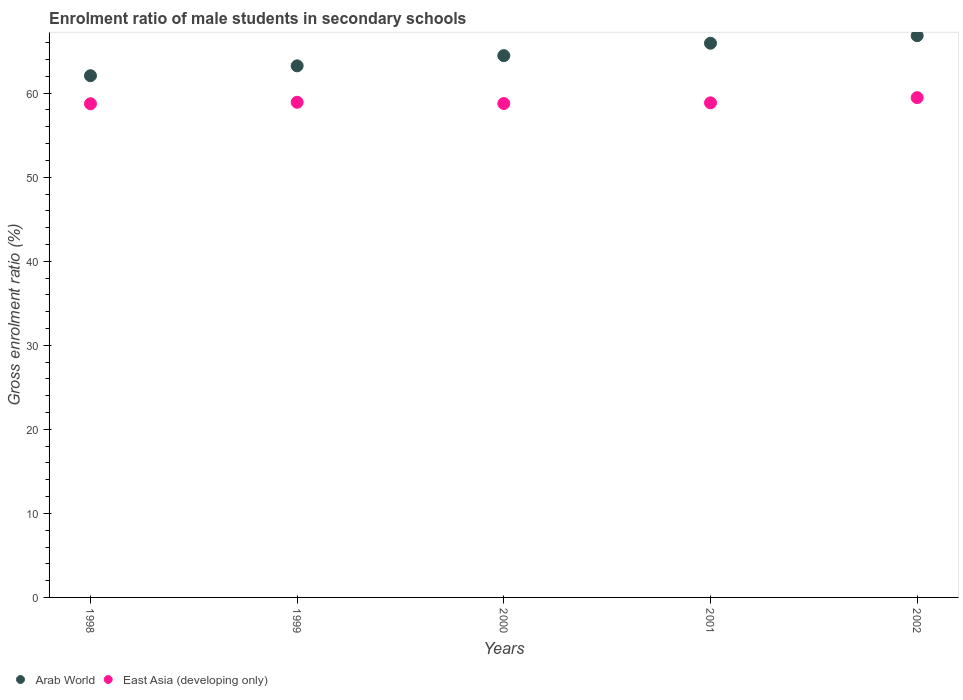
| Years | Arab World | East Asia (developing only) |
 | --- | --- | --- |
 | 1998 | 62.1 | 58.7 |
 | 1999 | 63.2 | 58.9 |
 | 2000 | 64.5 | 58.8 |
 | 2001 | 65.9 | 58.9 |
 | 2002 | 66.8 | 59.5 |